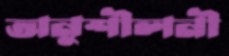
অনুশীলনী